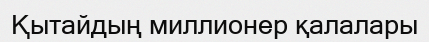
Қытайдың миллионер қалалары